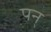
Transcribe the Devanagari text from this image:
पन्